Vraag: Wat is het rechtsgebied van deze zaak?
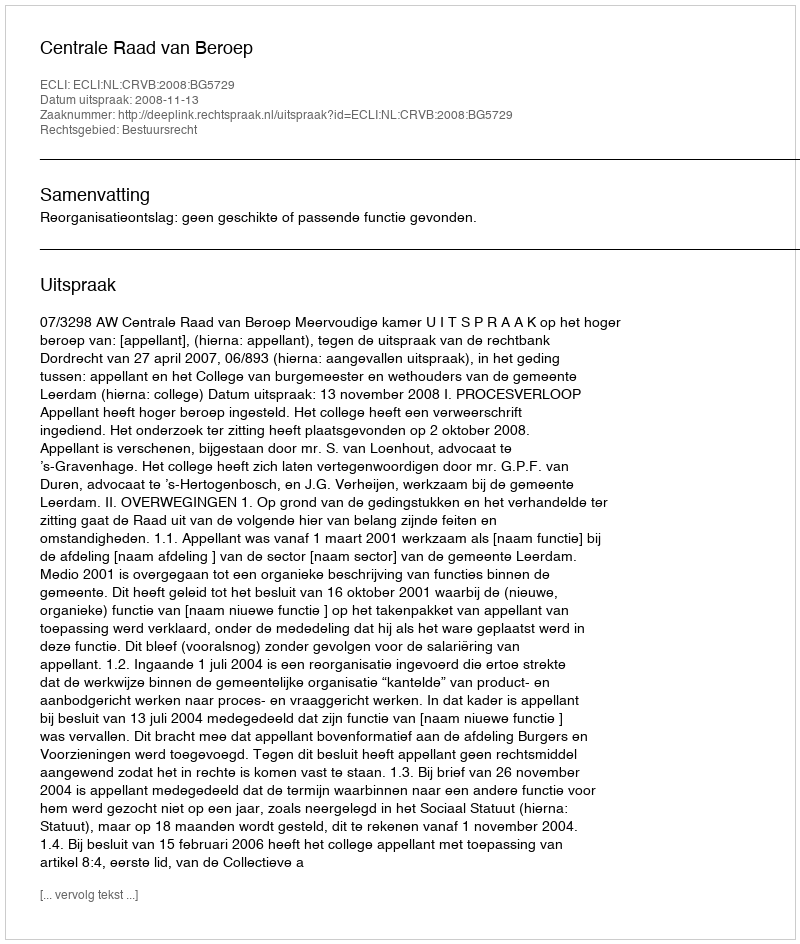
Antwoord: Bestuursrecht